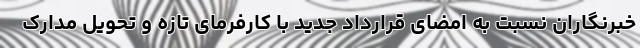
خبرنگاران نسبت به امضای قرارداد جدید با کارفرمای تازه و تحویل مدارک